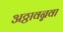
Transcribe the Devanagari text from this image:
अठ्ठावन्नवा